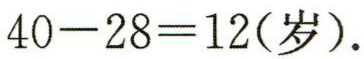
\(40 - 28 = 12(\text{岁}).\)